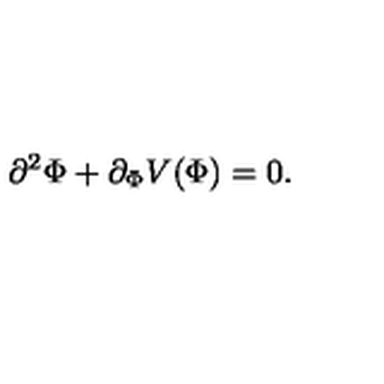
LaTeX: \partial ^ { 2 } \Phi + \partial _ { \Phi } V ( \Phi ) = 0 .